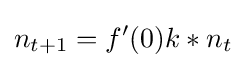
n_{t+1}=f'(0)k*n_{t}